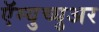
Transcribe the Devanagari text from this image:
ऍम्युच्युअर